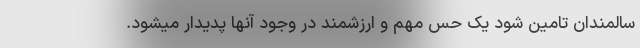
سالمندان تامین شود یک حس مهم و ارزشمند در وجود آنها پدیدار میشود.